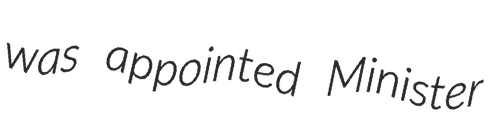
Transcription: was appointed Minister